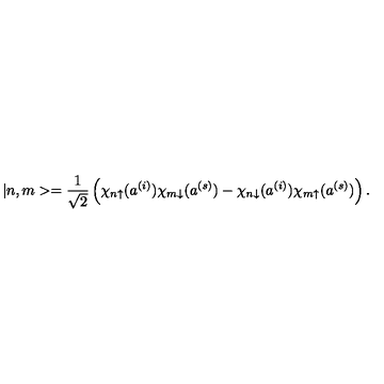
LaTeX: | n , m > = \frac { 1 } { \sqrt { 2 } } \left( \chi _ { n \uparrow } ( a ^ { ( i ) } ) \chi _ { m \downarrow } ( a ^ { ( s ) } ) - \chi _ { n \downarrow } ( a ^ { ( i ) } ) \chi _ { m \uparrow } ( a ^ { ( s ) } ) \right) .